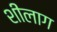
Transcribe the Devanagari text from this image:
शीलाग